65_HS1-834228961_62-HQ-83894_Section_6
Agency: FBI
Page 64
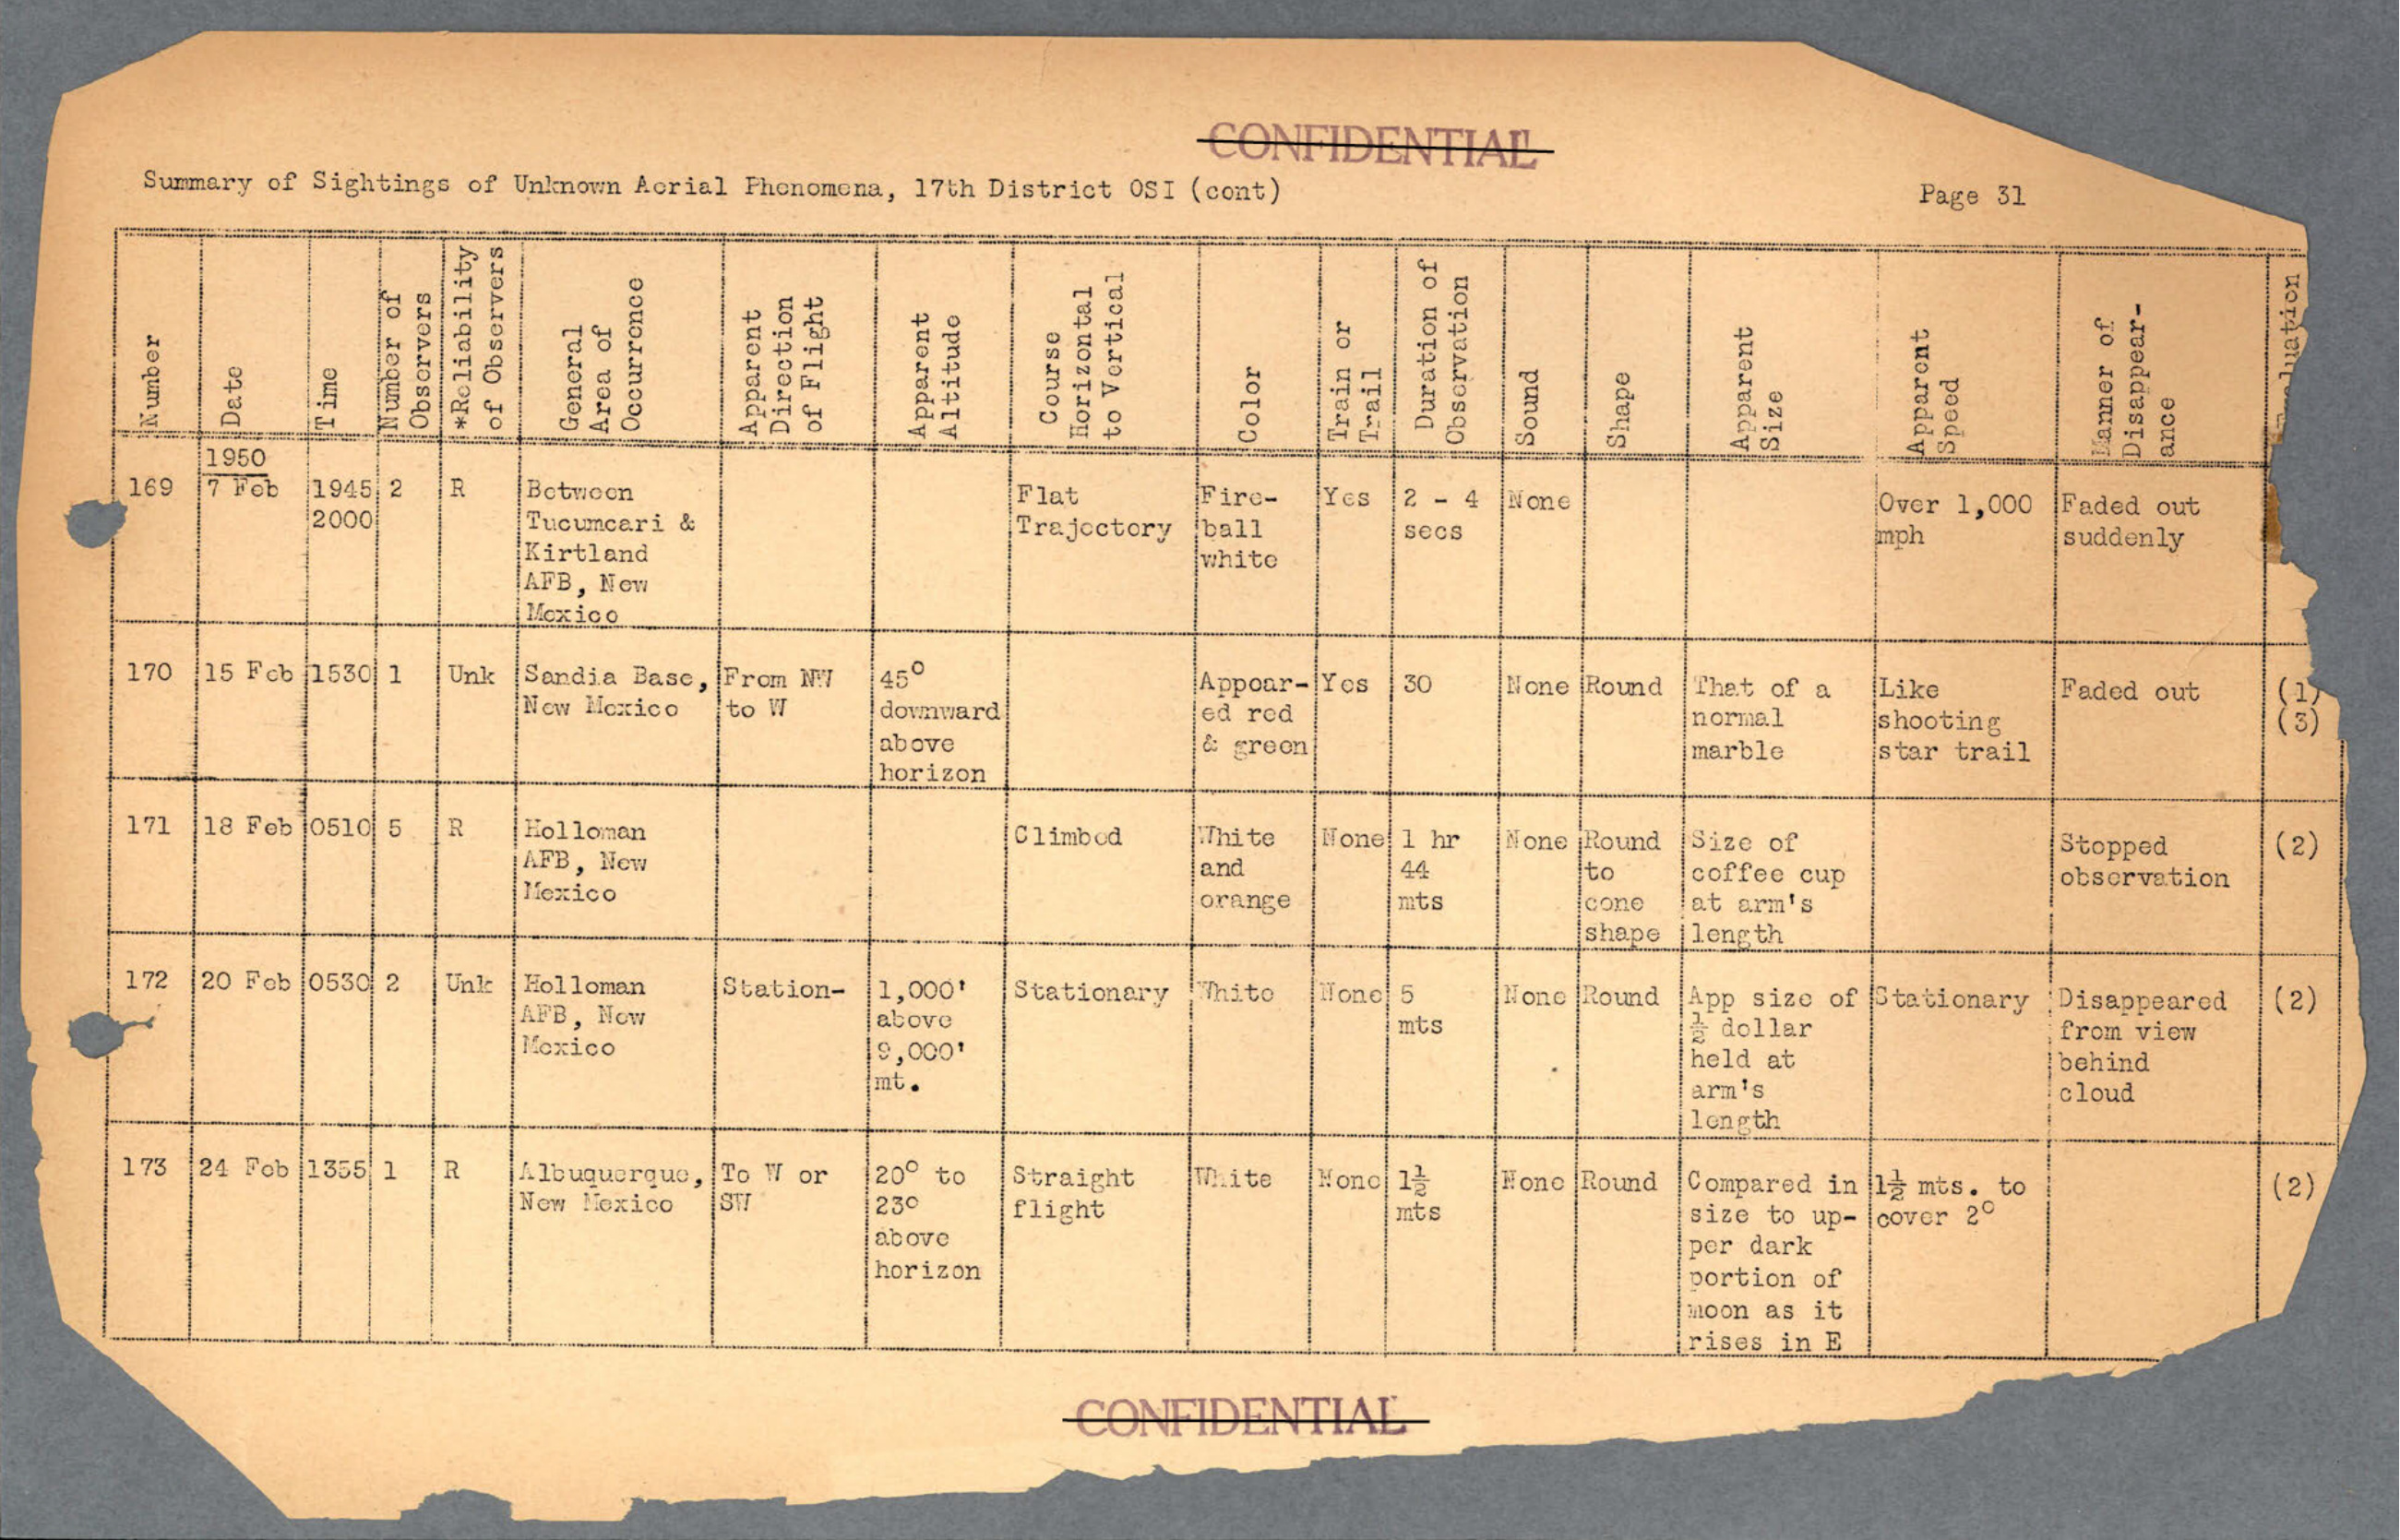